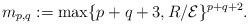
LaTeX: \begin{align*}m_{p,q}:= \max\{p+q+3,R/{\mathcal{E}}\}^{p+q+2}.\end{align*}